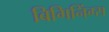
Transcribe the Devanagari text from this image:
बिगिनिंग्स